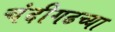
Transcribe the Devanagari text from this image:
चंदीगढच्या